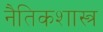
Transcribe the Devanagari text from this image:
नैतिकशास्त्र